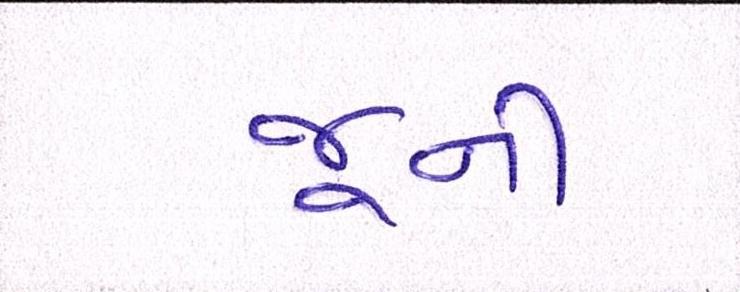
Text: જૂની